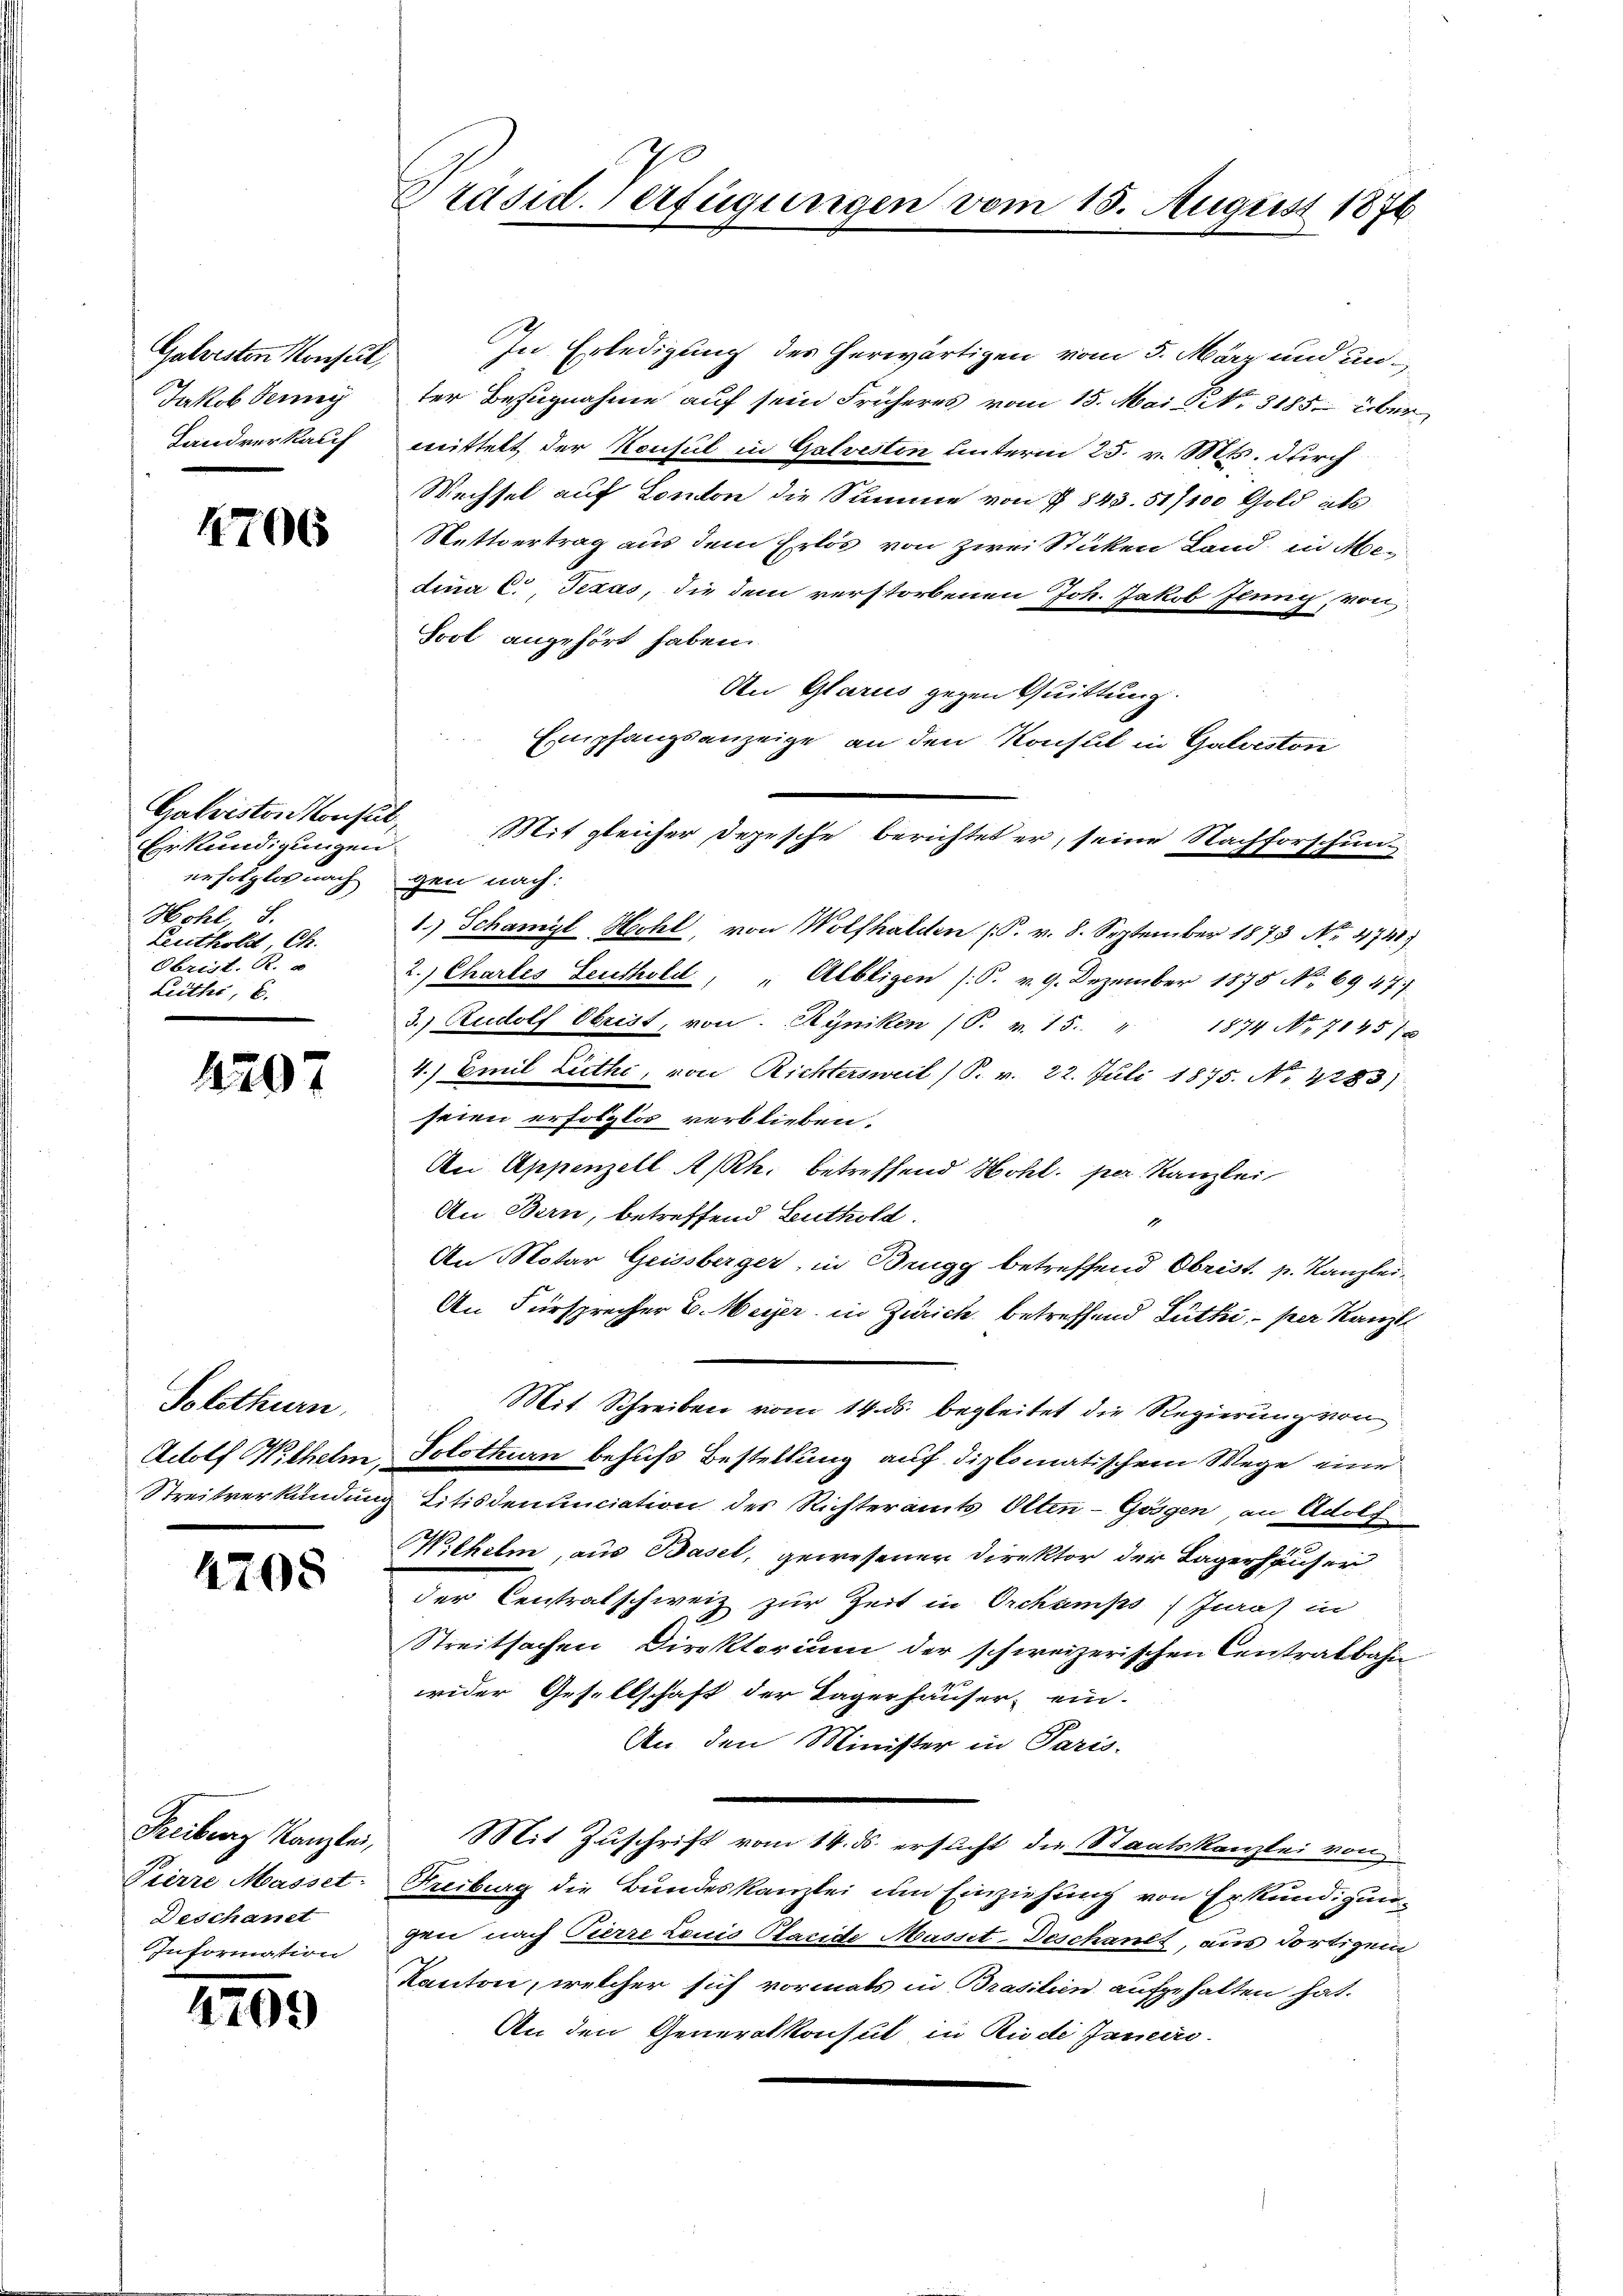
Galvesten Konsul,
Jakob Ferney
Landverkauf

4706

Galvisten Konsul,
Erkundigungen
erfolglos nach gen nach:
Hohl 8.
Leuthold, Ch.
Ekzeit. d.
Leithe, 6.

4207

Solothurn

4708

Pierre Masset.
Deschanet
Information

2490

Präsid. Verfügungen vom 15. August 1876

In Erledigung des herwärtigen vom 5. März und unter Bezugnahme auf sein Früheres vom 15. Mai NNo. 3185. über
mittelt der Konsul in Galvesten unterm 25. v. Mts. durch
Wechsel auf London die Summe von P 843. 51/100 Gold als
Nettvertrag aus dem Erlös von zwei Sticken Land in Medina C., Texas, die dem verstorbenen Joh. Jakob Jeung von
Sool angehört haben.
An Glarus gegen Quittung
Empfangsanzeige an den Konsul in Galveston
Mit gleicher Depesche berichtet er, seine Nachforschun-
1.) Schamyl Hohl, von Wolfhalden (S. v. 8. September 1873 No 4741)
2.) Chartes Leuthold, " Albligen (S. v. 9. Dezember 1875 No 6947
3.) Rudolf Obrist, von Ryniken (S. v. 15. " 1874 No 714518
4.) Emil Liethe, von Richtersweil (S. v. 22. Juli 1875. No 1283)
seien erfolglos verblieben.
An Appenzell A/Rh. betreffend Hohl. per Kanzlei
An Bern, betreffend Leuthold.
An Notar Geissberger, in Brugg betreffend Obrist. p. Kanzlei¬
An Fürsprecher E. Meyer in Zürich betreffend Lüthi, per Kanzl
Mit Schreiben vom 14. ds. begleitet die Regierung von
Actolf Wilhelm, Solothurn behufs Bestellung auf diplomatischem Wege eine
Streitverkündung litisdenunciation der Richteramts Olten-Gegen an Adolf
Wilhelm, aus Basel, gewesener Direktor der Lagerhäuser
der Centralschweiz zur Zeit in Orchamps, Jura in
Streitsachen Direktorium der schweizerischen Centratbahn
wider Gesellschaft der Lagerhäuser, ein-
An den Minister in Paris.
Freiburg Kanzlei, Mit Zuschrift vom 14. ds. ersucht die Staatskanzlei von
Freiburg die Bundeskanzlei um Einziehung von Erkundigungen nach Pierre Louis Placide Masset-Beschault, aus fortigen
Kanton, welcher sich vormals in Brasilien aufgehalten hat.
An den Generalkonsul in Rude Janeiro